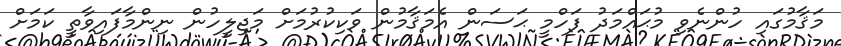
މަޤާމުގައި ހުންނެވި މުޙައްމަދު ފަހްމީ ޙަސަން އެމަޤާމުން ވަކިކުރުމަށް މަޖިލީހުން ނިންމާފައިވާތީ ކަމަށް